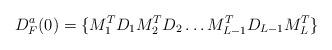
LaTeX: \begin{align*}D^a_F(0) = \{M_1^T D_1 M_2^TD_2 \ldots M_{L-1}^T D_{L-1} M_L^T\}\end{align*}